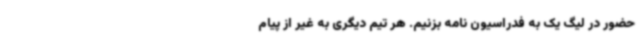
حضور در لیگ یک به فدراسیون نامه بزنیم. هر تیم دیگری به غیر از پیام